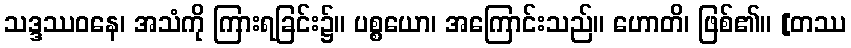
သဒ္ဒဿဝနေ၊ အသံကို ကြားရခြင်း၌။ ပစ္စယော၊ အကြောင်းသည်။ ဟောတိ၊ ဖြစ်၏။ [တဿ